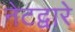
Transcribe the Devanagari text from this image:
नेटद्वारे